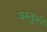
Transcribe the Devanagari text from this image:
वस्तुतों